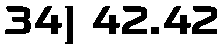
34) 42.42